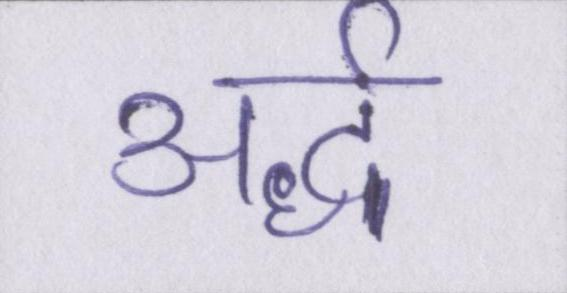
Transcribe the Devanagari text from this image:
अर्द्ध